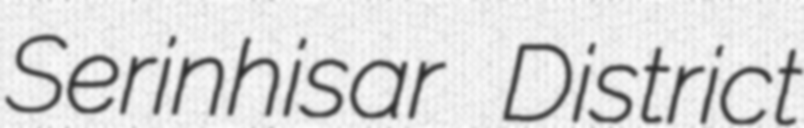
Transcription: Serinhisar District